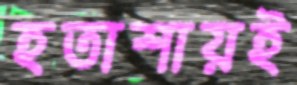
হতাশায়ই